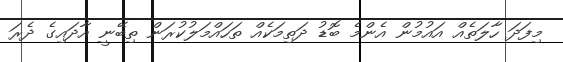
މިފަދަ ހާލަތެއް އައުމުން އެންމެ ބޮޑު ދަތިމަކެއް ތަހައްމަލުކުރަން ތިބޭނީ އާދައިގެ ދެރަ